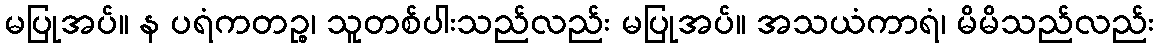
မပြုအပ်။ န ပရံကတဉ္စ၊ သူတစ်ပါးသည်လည်း မပြုအပ်။ အသယံကာရံ၊ မိမိသည်လည်း